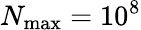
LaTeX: N_{\mathrm{max}}=10^{8}